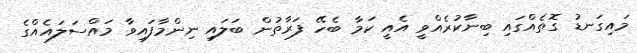
މައިގަނޑު ގޮތެއްގައި ބިނާކުރެއްވީ އެއީ ކަމާ ބެހޭ ފަރާތުން ބަލައި ނިންމާފައިވާ މައްސަލައެއްގެ